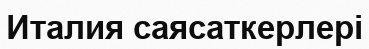
Италия саясаткерлері